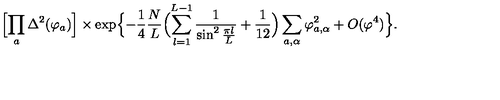
\Bigl [ \prod _ { a } \Delta ^ { 2 } ( \varphi _ { a } ) \Bigr ] \times \exp \Bigl \{ - { \frac { 1 } { 4 } } { \frac { N } { L } } \Bigl ( \sum _ { l = 1 } ^ { L - 1 } { \frac { 1 } { \sin ^ { 2 } { \frac { \pi l } { L } } } } + { \frac { 1 } { 1 2 } } \Bigr ) \sum _ { a , \alpha } \varphi _ { a , \alpha } ^ { 2 } + O ( \varphi ^ { 4 } ) \Bigr \} .